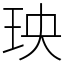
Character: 𤤠